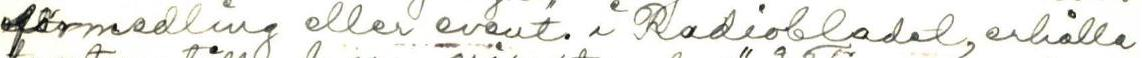
förmedling eller event i Radiobladet, erhålla